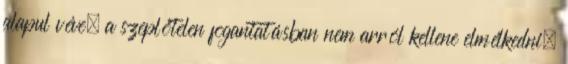
alapul véve, a szeplőtelen fogantatásban nem arról kellene elmélkedni,